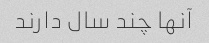
آنها چند سال دارند